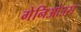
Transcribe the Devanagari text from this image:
गेनिओउस